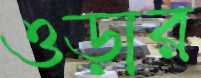
ওড়ার